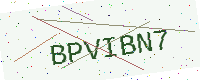
Text: BPVIBN7